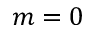
m = 0